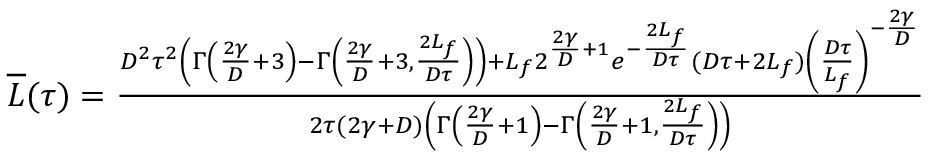
\begin{array} { r } { \overline { { L } } ( \tau ) = \frac { D ^ { 2 } \tau ^ { 2 } \left( \Gamma \left( \frac { 2 \gamma } { D } + 3 \right) - \Gamma \left( \frac { 2 \gamma } { D } + 3 , \frac { 2 L _ { f } } { D \tau } \right) \right) + L _ { f } 2 ^ { \frac { 2 \gamma } { D } + 1 } e ^ { - \frac { 2 L _ { f } } { D \tau } } ( D \tau + 2 L _ { f } ) \left( \frac { D \tau } { L _ { f } } \right) ^ { - \frac { 2 \gamma } { D } } } { 2 \tau ( 2 \gamma + D ) \left( \Gamma \left( \frac { 2 \gamma } { D } + 1 \right) - \Gamma \left( \frac { 2 \gamma } { D } + 1 , \frac { 2 L _ { f } } { D \tau } \right) \right) } } \end{array}